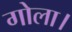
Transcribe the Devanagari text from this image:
गोला।